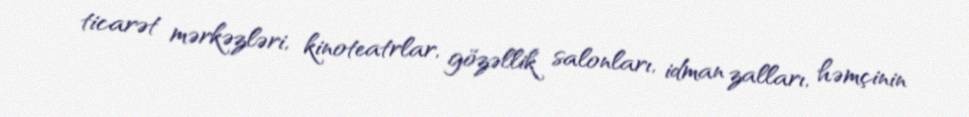
ticarət mərkəzləri, kinoteatrlar, gözəllik salonları, idman zalları, həmçinin